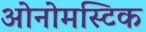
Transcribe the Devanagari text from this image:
ओनोमस्टिक